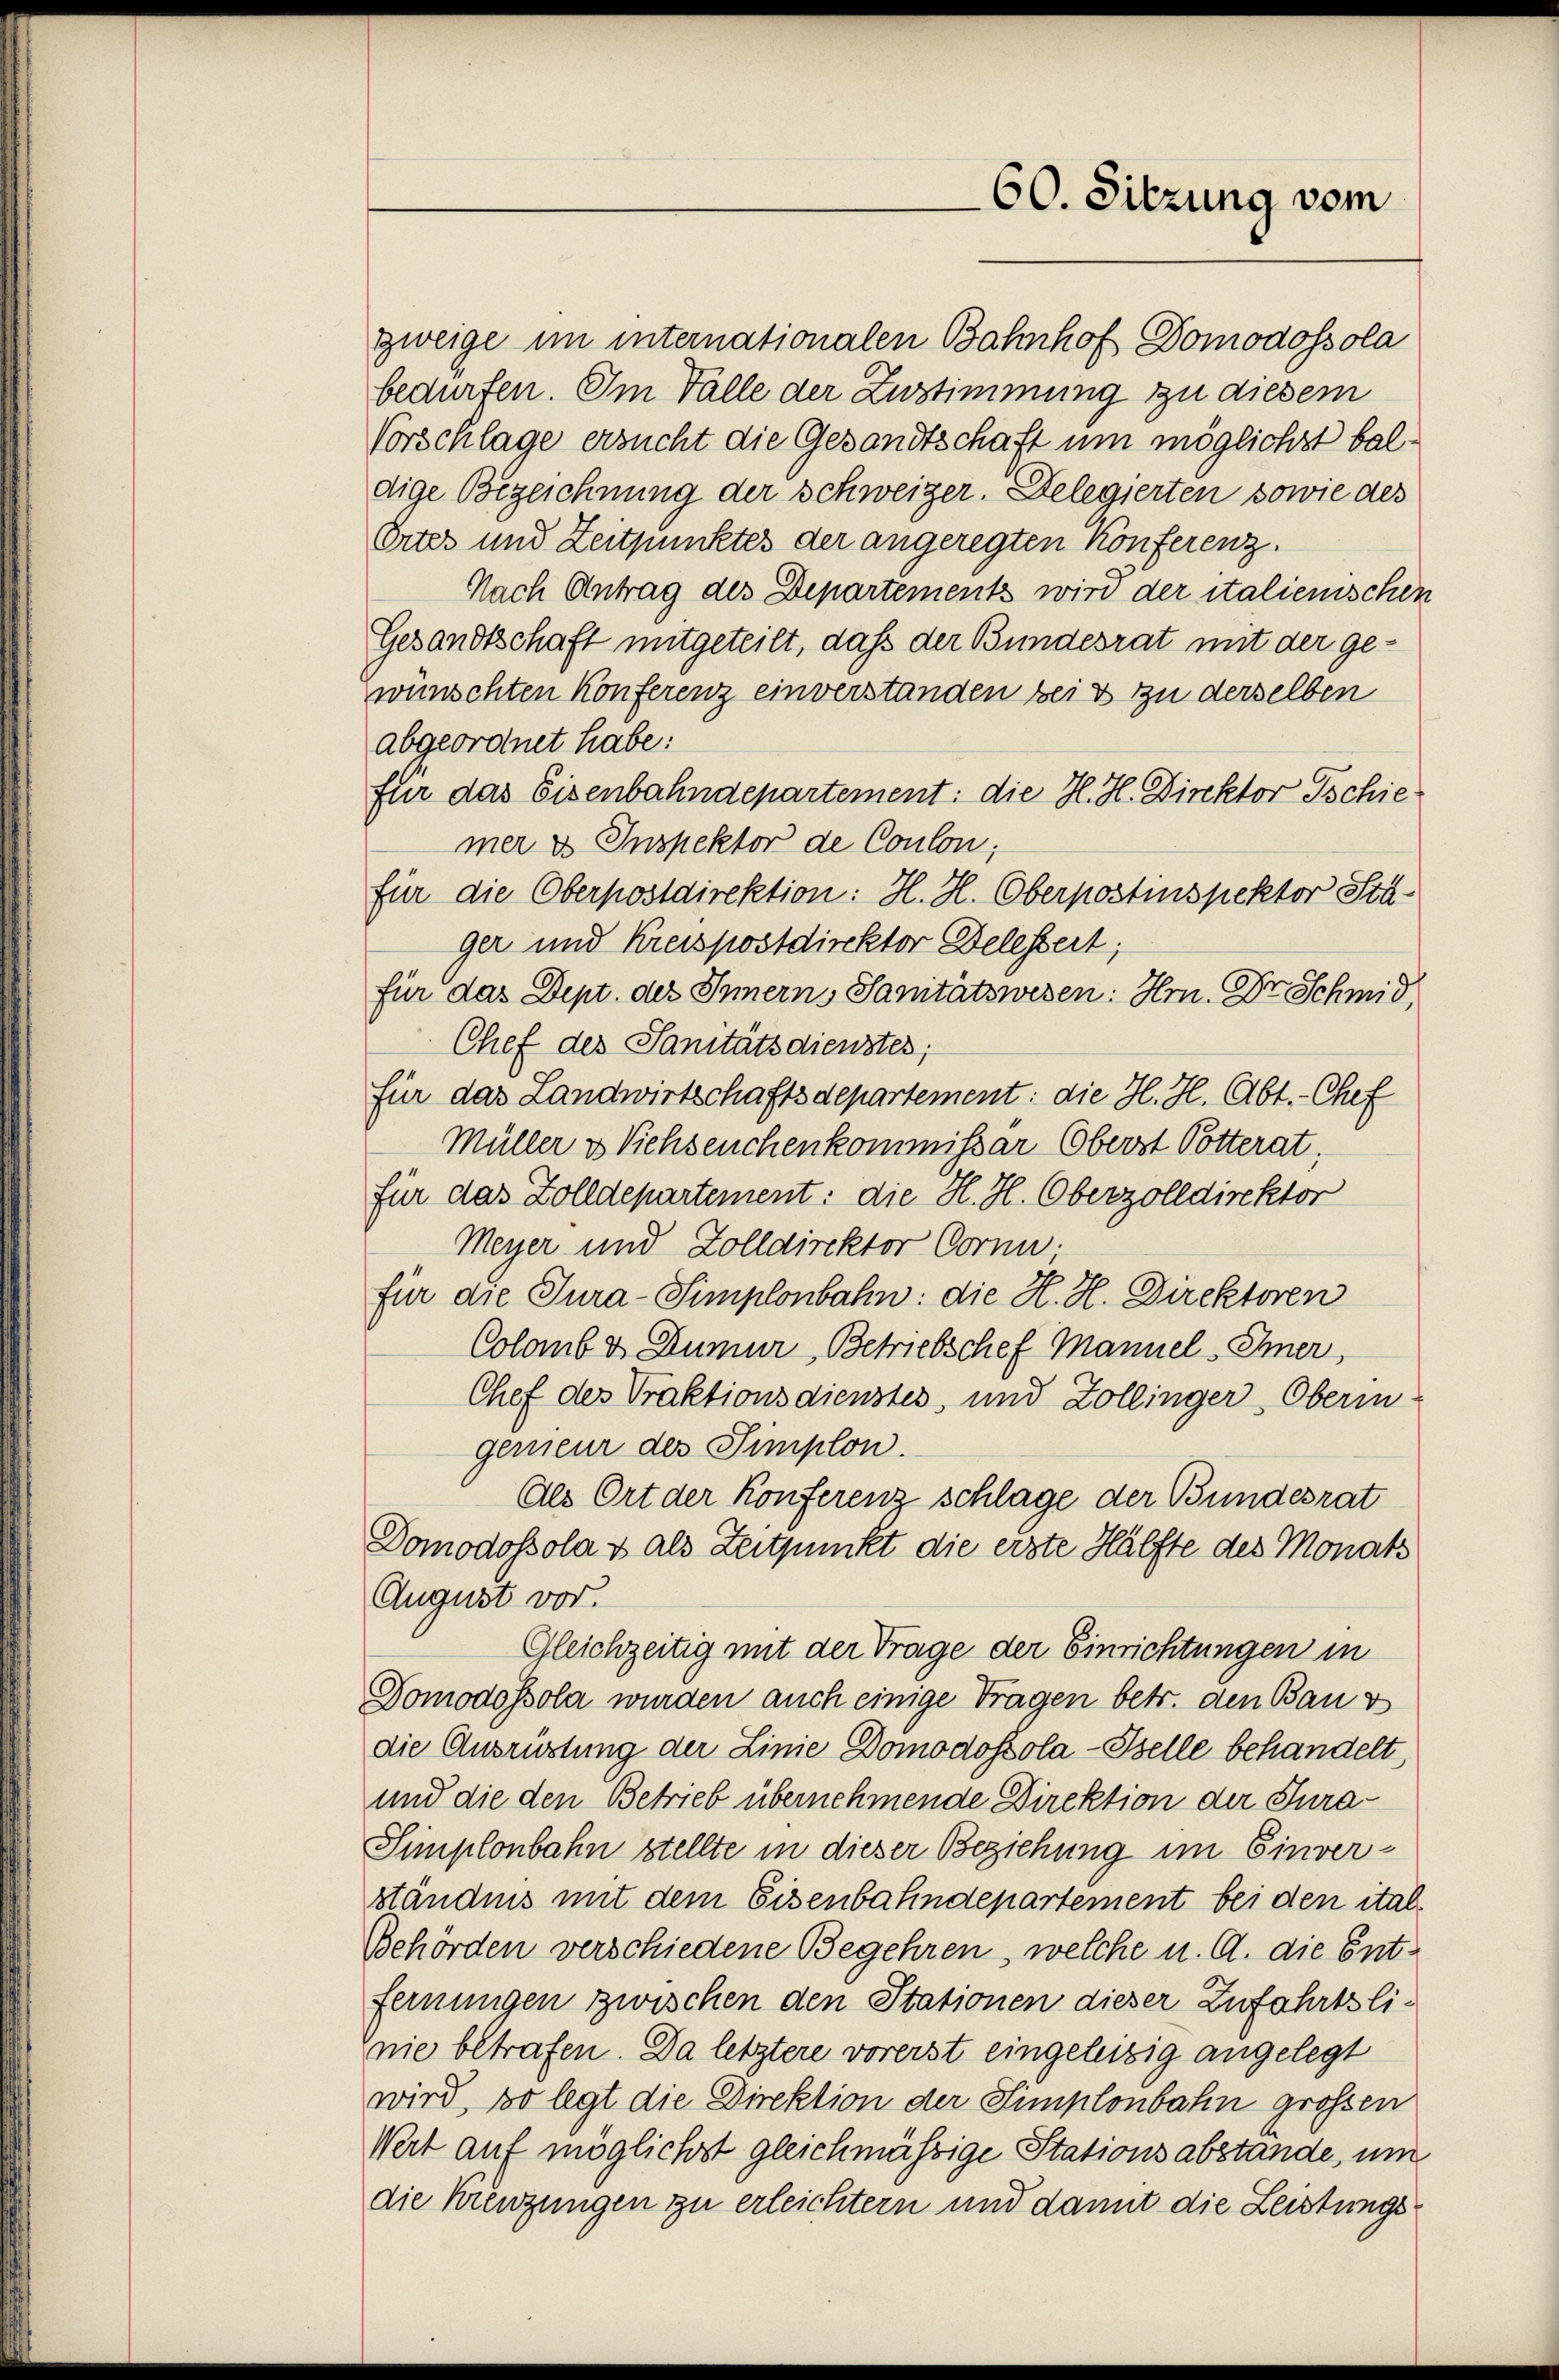
zweige im internationalen Bahnhof Domodossola
bedürfen. Im Falle der Zustimmung zu diesem
Vorschlage ersucht die Gesandtschaft um möglichst baldige Bezeichnung der Schweizer. Delegierten sowie des
Ortes und Zeitpunktes der angeregten Konferenz.
Nach Antrag des Departements wird der italienischen
Gesandtschaft mitgeteilt, daß der Bundesrat mit der gewünschten Konferenz einverstanden bei & zu derselben
abgeordnet habe:
für das Eisenbahndepartement: die H. H. Direktor Tschie
mer es Inspektor de Coulon;
für die Oberpostdirektion: H. H. Oberpostinspektor Stä-
ger und Kreispostdirektor Delessert,
für das Dept. des Innerns Sanitätswesen: Hr. Dr Schmid
Chef des Sanitätsdienstes;
für das Landwirtschaftsdepartement: die H. H. Abt.-Chef
Müller u Viehseuchenkommissär Oberst Potterat;
für das Zolldepartement: die H. H. Oberzolldirektor
Meyer und Zolldirektor Corni;
für die Tura-Simplonbahn: die H. H. Direktoren
Colamb & Dumur Betriebschef Mannel - Inner,
Chef des Praktionsdienstes, und Zollinger Oberin-
genieur des Simplon.
Als Ort der Konferenz schlage der Bundesrat
Domodossola & als Zeitpunkt die erste Hälfte des Monats
August vor.
Gleichzeitig mit der Frage der Einrichtungen in
Domodossola wurden auch einige Tragen betr. den Bau v
die Ausrüstung der Linie Domodoszola-Stelle behandelt,
und die den Betrieb übernehmende Direktion der Jura¬
Simplonbahn stellte in dieser Beziehung im Einverständnis mit dem Eisenbahndepartement bei den ital¬
Behörden verschiedene Begehren, welche u. A. die Entfernungen zwischen den Stationen dieser Zufahrtslinie betrafen. Da letztere vorerst eingeleizig angelegt
wird, so legt die Direktion der Simplonbahn grossen
Wert auf möglichst gleichmässige Stationsabstande, um
die Kreuzungen zu erleichtern und damit die Leistungs

60. Sitzung vom